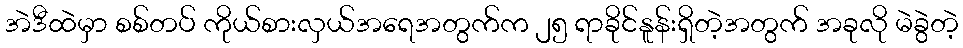
အဲဒီထဲမှာ စစ်တပ် ကိုယ်စားလှယ်အရေအတွက်က ၂၅ ရာခိုင်နူန်းရှိတဲ့အတွက် အခုလို မဲခွဲတဲ့